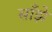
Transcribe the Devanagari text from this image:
साँझे